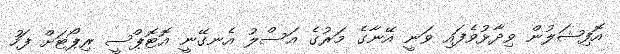
އޮފިޝަލުން ވިދާޅުވެފައި ވަނީ އޭނާގެ މަރުގެ އަސްލު އެނގޭނީ އޮޓޮޕްސީ ރިޕޯޓަށް ފަހު